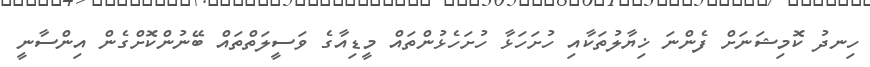
ހިނދު ކޮމިޝަނަށް ފެންނަ ޚިޔާލުތަކާއި ހުށަހަޅާ ހުށަހެޅުންތައް މީޑިއާގެ ވަސީލަތްތައް ބޭނުންކޮށްގެން އިންސާނީ